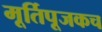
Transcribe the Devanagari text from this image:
मूर्तिपूजकच